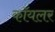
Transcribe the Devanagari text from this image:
कॉयलर